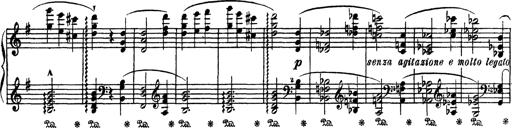
Title: AnnÃ©es de PÃ¨lerinage III
Composer: Franz Liszt